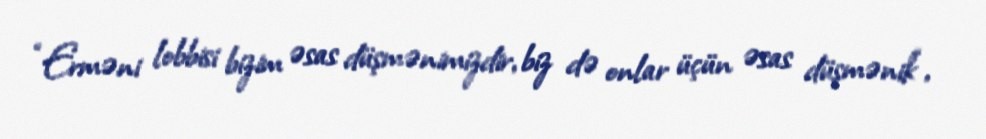
“Erməni lobbisi bizim əsas düşmənimizdir, biz də onlar üçün əsas düşmənik“,